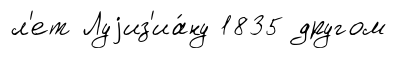
л'ет Луjиз'иа́ну 1835 другом